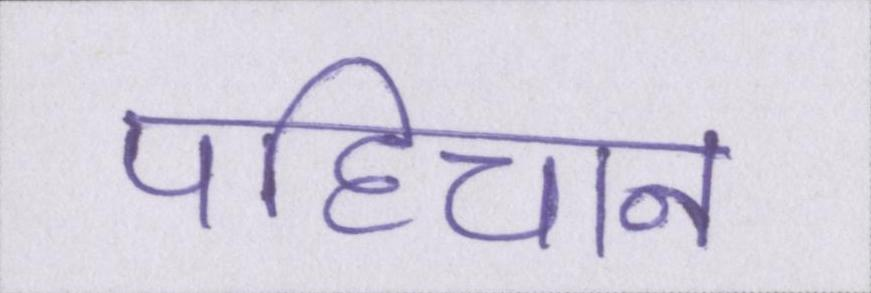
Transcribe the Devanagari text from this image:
पहिचान